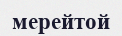
мерейтой